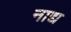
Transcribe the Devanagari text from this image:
नाद्य